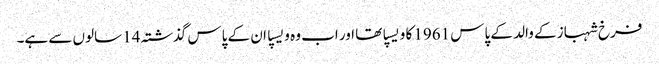
فرخ شہباز کے والد کے پاس 1961 کا ویسپا تھا اور اب وہ ویسپا ان کے پاس گذشتہ 14 سالوں سے ہے۔